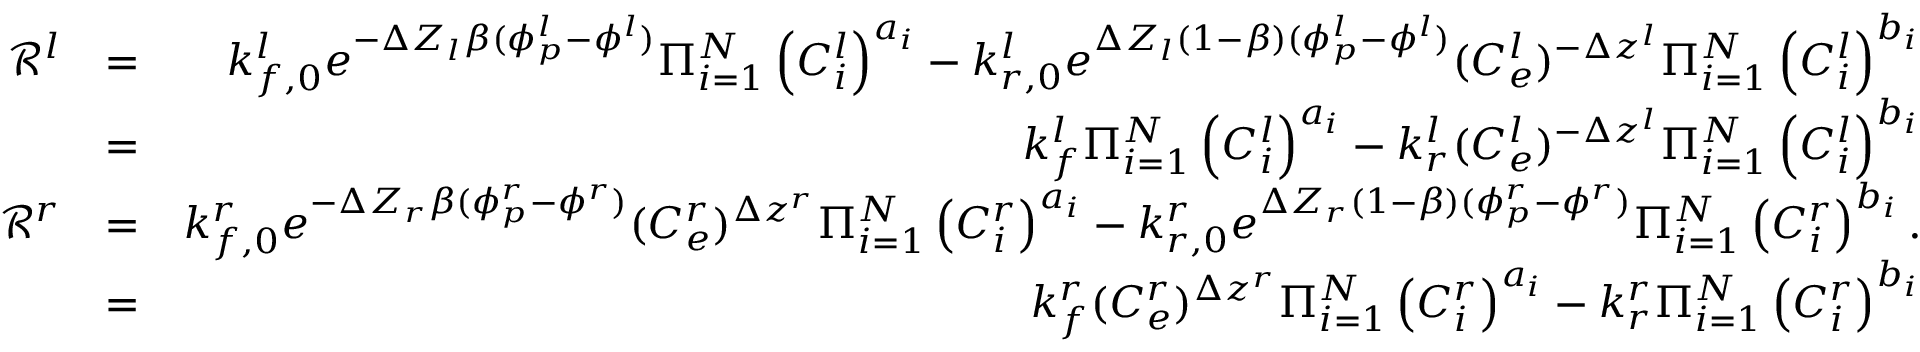
\begin{array} { r l r } { \mathcal { R } ^ { l } } & { = } & { k _ { f , 0 } ^ { l } e ^ { - \Delta Z _ { l } \beta ( \phi _ { p } ^ { l } - \phi ^ { l } ) } \Pi _ { i = 1 } ^ { N } \left( C _ { i } ^ { l } \right) ^ { a _ { i } } - k _ { r , 0 } ^ { l } e ^ { \Delta Z _ { l } ( 1 - \beta ) ( \phi _ { p } ^ { l } - \phi ^ { l } ) } ( C _ { e } ^ { l } ) ^ { - \Delta z ^ { l } } \Pi _ { i = 1 } ^ { N } \left( C _ { i } ^ { l } \right) ^ { b _ { i } } } \\ & { = } & { k _ { f } ^ { l } \Pi _ { i = 1 } ^ { N } \left( C _ { i } ^ { l } \right) ^ { a _ { i } } - k _ { r } ^ { l } ( C _ { e } ^ { l } ) ^ { - \Delta z ^ { l } } \Pi _ { i = 1 } ^ { N } \left( C _ { i } ^ { l } \right) ^ { b _ { i } } } \\ { \mathcal { R } ^ { r } } & { = } & { k _ { f , 0 } ^ { r } e ^ { - \Delta Z _ { r } \beta ( \phi _ { p } ^ { r } - \phi ^ { r } ) } ( C _ { e } ^ { r } ) ^ { \Delta z ^ { r } } \Pi _ { i = 1 } ^ { N } \left( C _ { i } ^ { r } \right) ^ { a _ { i } } - k _ { r , 0 } ^ { r } e ^ { \Delta Z _ { r } ( 1 - \beta ) ( \phi _ { p } ^ { r } - \phi ^ { r } ) } \Pi _ { i = 1 } ^ { N } \left( C _ { i } ^ { r } \right) ^ { b _ { i } } . } \\ & { = } & { k _ { f } ^ { r } ( C _ { e } ^ { r } ) ^ { \Delta z ^ { r } } \Pi _ { i = 1 } ^ { N } \left( C _ { i } ^ { r } \right) ^ { a _ { i } } - k _ { r } ^ { r } \Pi _ { i = 1 } ^ { N } \left( C _ { i } ^ { r } \right) ^ { b _ { i } } } \end{array}